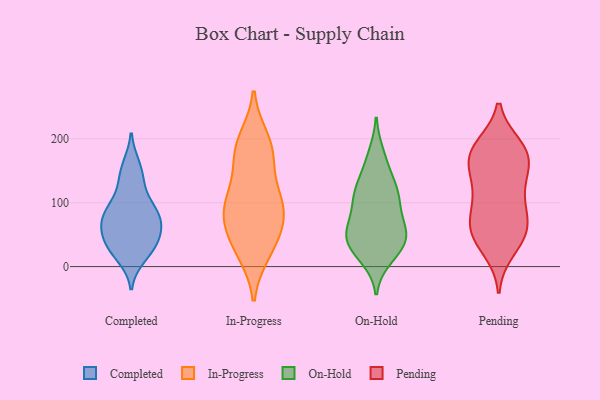
{"axis": {"x": "Latency (ms)", "y": "Value"}, "legend": ["Completed", "In-Progress", "On-Hold", "Pending"], "data": [{"x": "", "y": 130, "type": "Completed"}, {"x": "", "y": 37, "type": "Completed"}, {"x": "", "y": 157, "type": "Completed"}, {"x": "", "y": 29, "type": "Completed"}, {"x": "", "y": 75, "type": "Completed"}, {"x": "", "y": 65, "type": "Completed"}, {"x": "", "y": 148, "type": "Completed"}, {"x": "", "y": 50, "type": "Completed"}, {"x": "", "y": 104, "type": "Completed"}, {"x": "", "y": 26, "type": "Completed"}, {"x": "", "y": 80, "type": "Completed"}, {"x": "", "y": 81, "type": "Completed"}, {"x": "", "y": 16, "type": "Completed"}, {"x": "", "y": 71, "type": "Completed"}, {"x": "", "y": 42, "type": "Completed"}, {"x": "", "y": 89, "type": "Completed"}, {"x": "", "y": 104, "type": "In-Progress"}, {"x": "", "y": 108, "type": "In-Progress"}, {"x": "", "y": 180, "type": "In-Progress"}, {"x": "", "y": 198, "type": "In-Progress"}, {"x": "", "y": 165, "type": "In-Progress"}, {"x": "", "y": 185, "type": "In-Progress"}, {"x": "", "y": 27, "type": "In-Progress"}, {"x": "", "y": 61, "type": "In-Progress"}, {"x": "", "y": 88, "type": "In-Progress"}, {"x": "", "y": 50, "type": "In-Progress"}, {"x": "", "y": 104, "type": "In-Progress"}, {"x": "", "y": 79, "type": "In-Progress"}, {"x": "", "y": 23, "type": "In-Progress"}, {"x": "", "y": 128, "type": "On-Hold"}, {"x": "", "y": 49, "type": "On-Hold"}, {"x": "", "y": 175, "type": "On-Hold"}, {"x": "", "y": 15, "type": "On-Hold"}, {"x": "", "y": 27, "type": "On-Hold"}, {"x": "", "y": 37, "type": "On-Hold"}, {"x": "", "y": 44, "type": "On-Hold"}, {"x": "", "y": 82, "type": "On-Hold"}, {"x": "", "y": 58, "type": "On-Hold"}, {"x": "", "y": 109, "type": "On-Hold"}, {"x": "", "y": 109, "type": "On-Hold"}, {"x": "", "y": 111, "type": "On-Hold"}, {"x": "", "y": 59, "type": "On-Hold"}, {"x": "", "y": 27, "type": "On-Hold"}, {"x": "", "y": 161, "type": "On-Hold"}, {"x": "", "y": 58, "type": "On-Hold"}, {"x": "", "y": 119, "type": "On-Hold"}, {"x": "", "y": 184, "type": "Pending"}, {"x": "", "y": 148, "type": "Pending"}, {"x": "", "y": 182, "type": "Pending"}, {"x": "", "y": 167, "type": "Pending"}, {"x": "", "y": 171, "type": "Pending"}, {"x": "", "y": 187, "type": "Pending"}, {"x": "", "y": 49, "type": "Pending"}, {"x": "", "y": 121, "type": "Pending"}, {"x": "", "y": 58, "type": "Pending"}, {"x": "", "y": 98, "type": "Pending"}, {"x": "", "y": 169, "type": "Pending"}, {"x": "", "y": 46, "type": "Pending"}, {"x": "", "y": 88, "type": "Pending"}, {"x": "", "y": 27, "type": "Pending"}, {"x": "", "y": 67, "type": "Pending"}, {"x": "", "y": 124, "type": "Pending"}, {"x": "", "y": 60, "type": "Pending"}]}